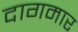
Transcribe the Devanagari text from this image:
दागमार